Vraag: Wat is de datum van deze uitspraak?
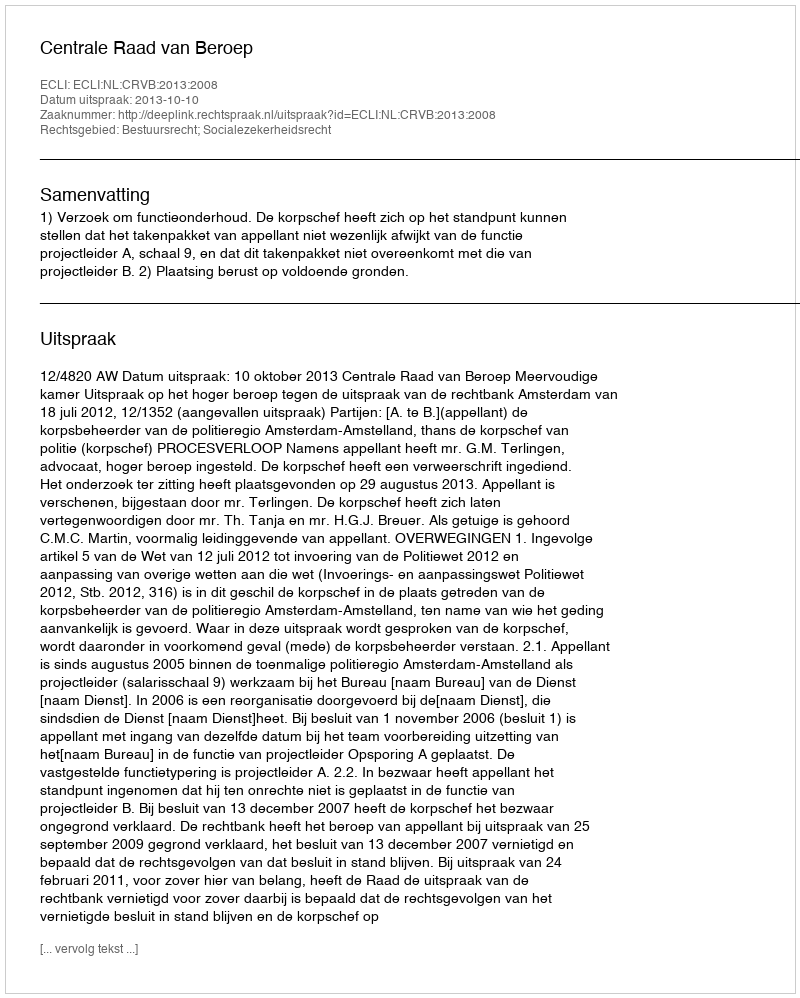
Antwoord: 2013-10-10